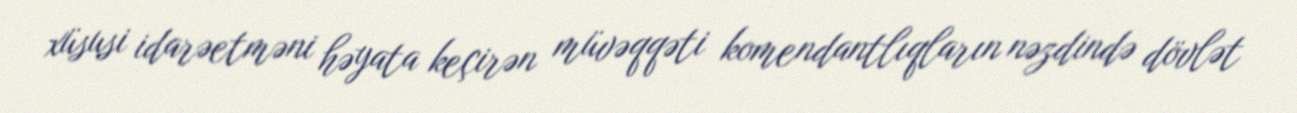
xüsusi idarəetməni həyata keçirən müvəqqəti komendantlıqların nəzdində dövlət